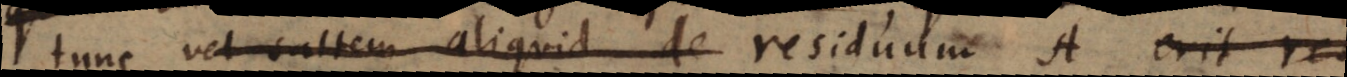
tunc vel saltem aliquid de residuum A erit res